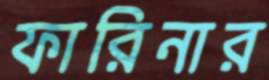
ফারিনার